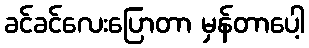
ခင်ခင်လေးပြောတာ မှန်တာပေါ့